Scottish Leaving Certificate Examination, 1955
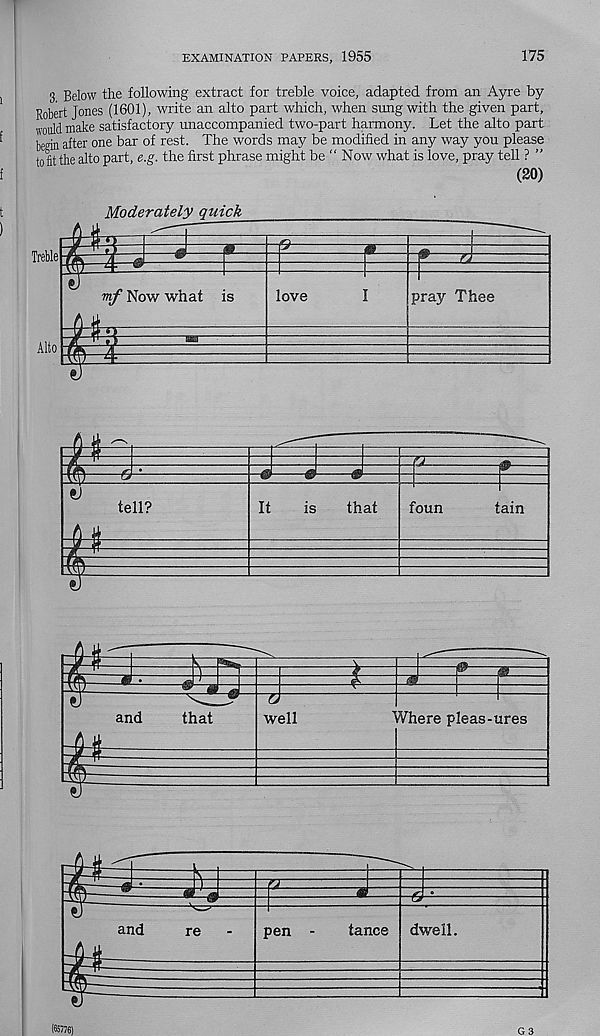
EXAMINATION PAPERS, 1955
175
3 Below the following extract for treble voice, adapted from an Ayre by
Robert Jones (1601), write an alto part which, when sung with the given part,
would make satisfactory unaccompanied two-part harmony. Let the alto part
beein after one bar of rest. The words may be modified in any way you please
to fit the alto part, e.g. the first phrase might be “ Now what is love, pray tell ? ”
(20)
4
Moderately quick
1
Treble
Alto
mf Now what is
love
pray Thee
*
i
ej
£
-&■
tell?
I
i
It
is
that
foun
tain
¥
*
s
£
¥
and
that
a
well
Where pleas-ures
and
re
pen
tance dwell.